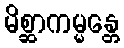
မိစ္ဆာကမ္မန္တေ